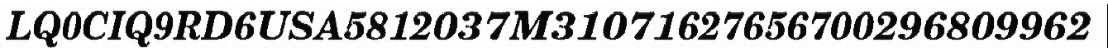
LQ0CIQ9RD6USA5812037M31071627656700296809962